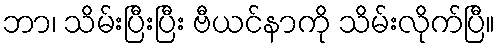
ဘာ၊ သိမ်းပြီးပြီး ဗီယင်နာကို သိမ်းလိုက်ပြီ။